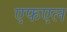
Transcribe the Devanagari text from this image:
एफएल